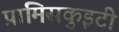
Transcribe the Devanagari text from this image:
प्रामिसकुइटी